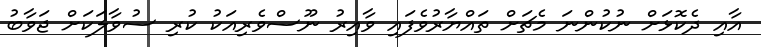
އާއި ދެކޮޅަށް ނުކުންނަ މެޗަށް ތައްޔާރުވެފައި ވާއިރު ނޫސްވެރިއަކު ކުރި ސުވާލަކަށް ޖަވާބު